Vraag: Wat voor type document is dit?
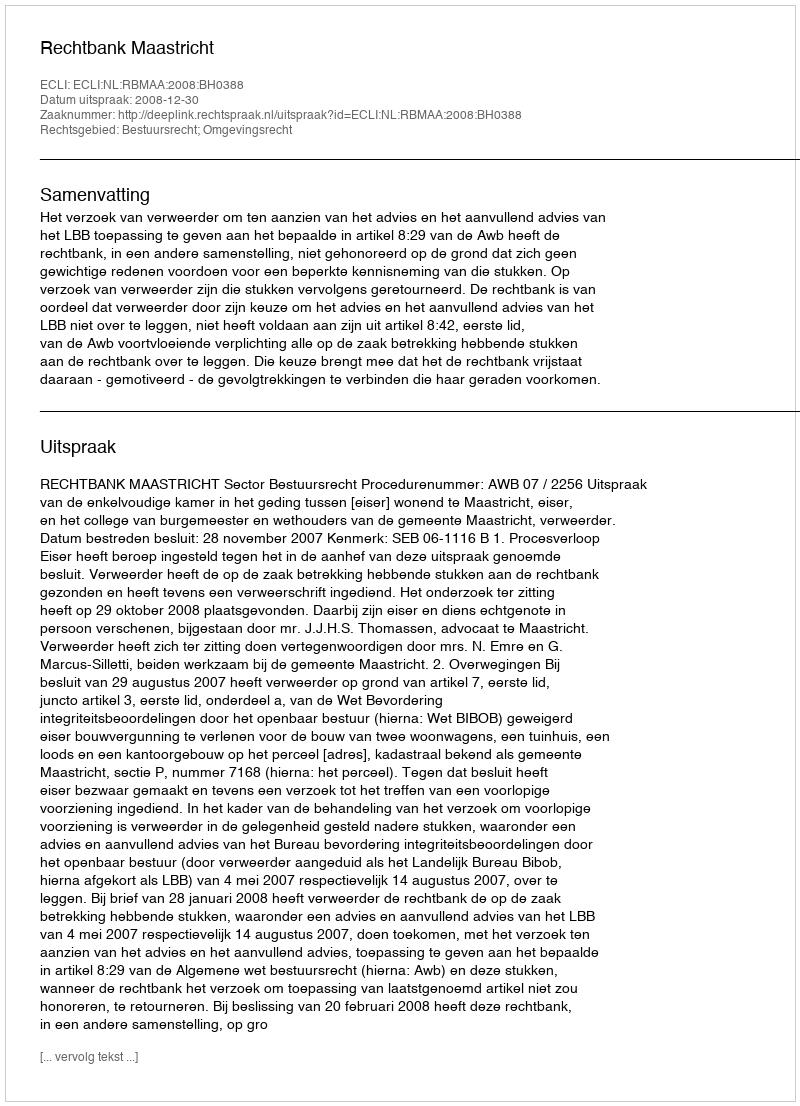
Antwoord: Uitspraak